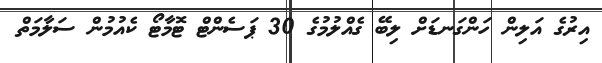
އިރުގެ އަލިން ހަންގަނޑަށް ލިބޭ ގެއްލުމުގެ 30 ޕަސެންޓް ޓޮމާޓޯ ކެއުމުން ސަލާމަތް